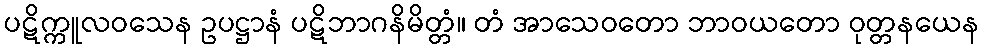
ပဋိက္ကူလဝသေန ဥပဋ္ဌာနံ ပဋိဘာဂနိမိတ္တံ။ တံ အာသေဝတော ဘာဝယတော ဝုတ္တနယေန